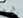
فرخ